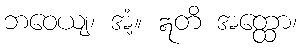
ဘဝေယျ၊ အံ့။ ဣတိ အတ္ထော၊